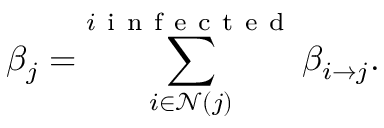
\beta _ { j } = \sum _ { i \in \mathcal { N } ( j ) } ^ { i \mathrm { ~ i ~ n ~ f ~ e ~ c ~ t ~ e ~ d ~ } } \beta _ { i \to j } .